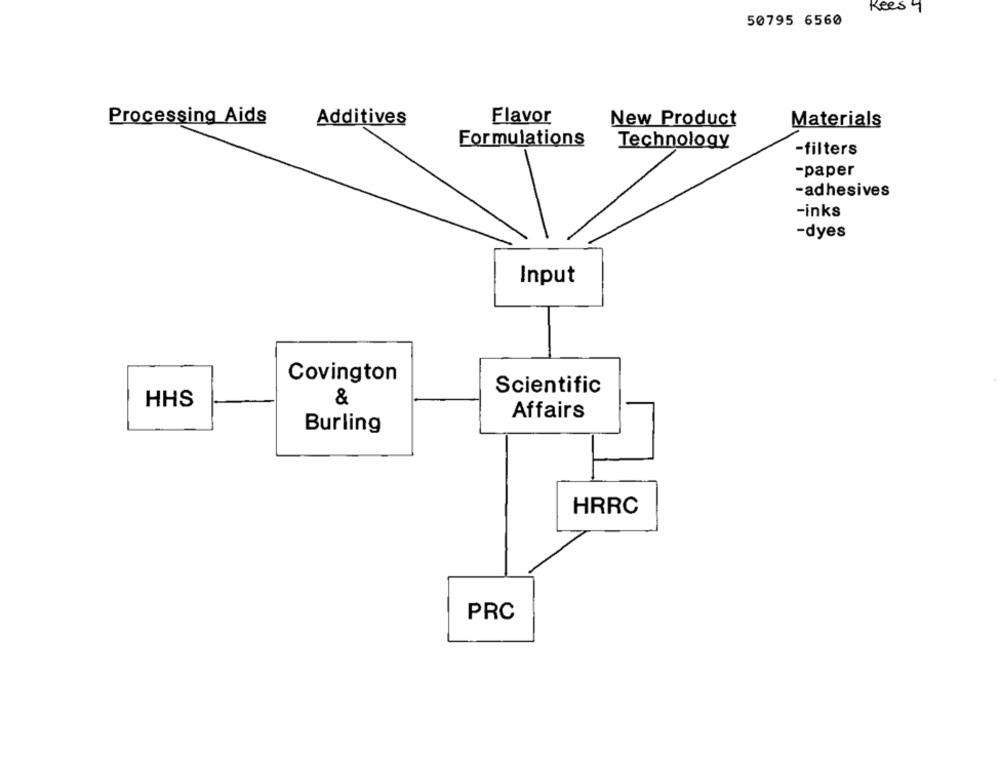
Kees 4
50795 6560
Processing Aids
Additives
Flavor
New Product
Materials
Formulations
Technology
-filters
-paper
-adhesives
-inks
-dyes
Input
Covington
Scientific
HHS
&
Affairs
Burling
HRRC
PRC